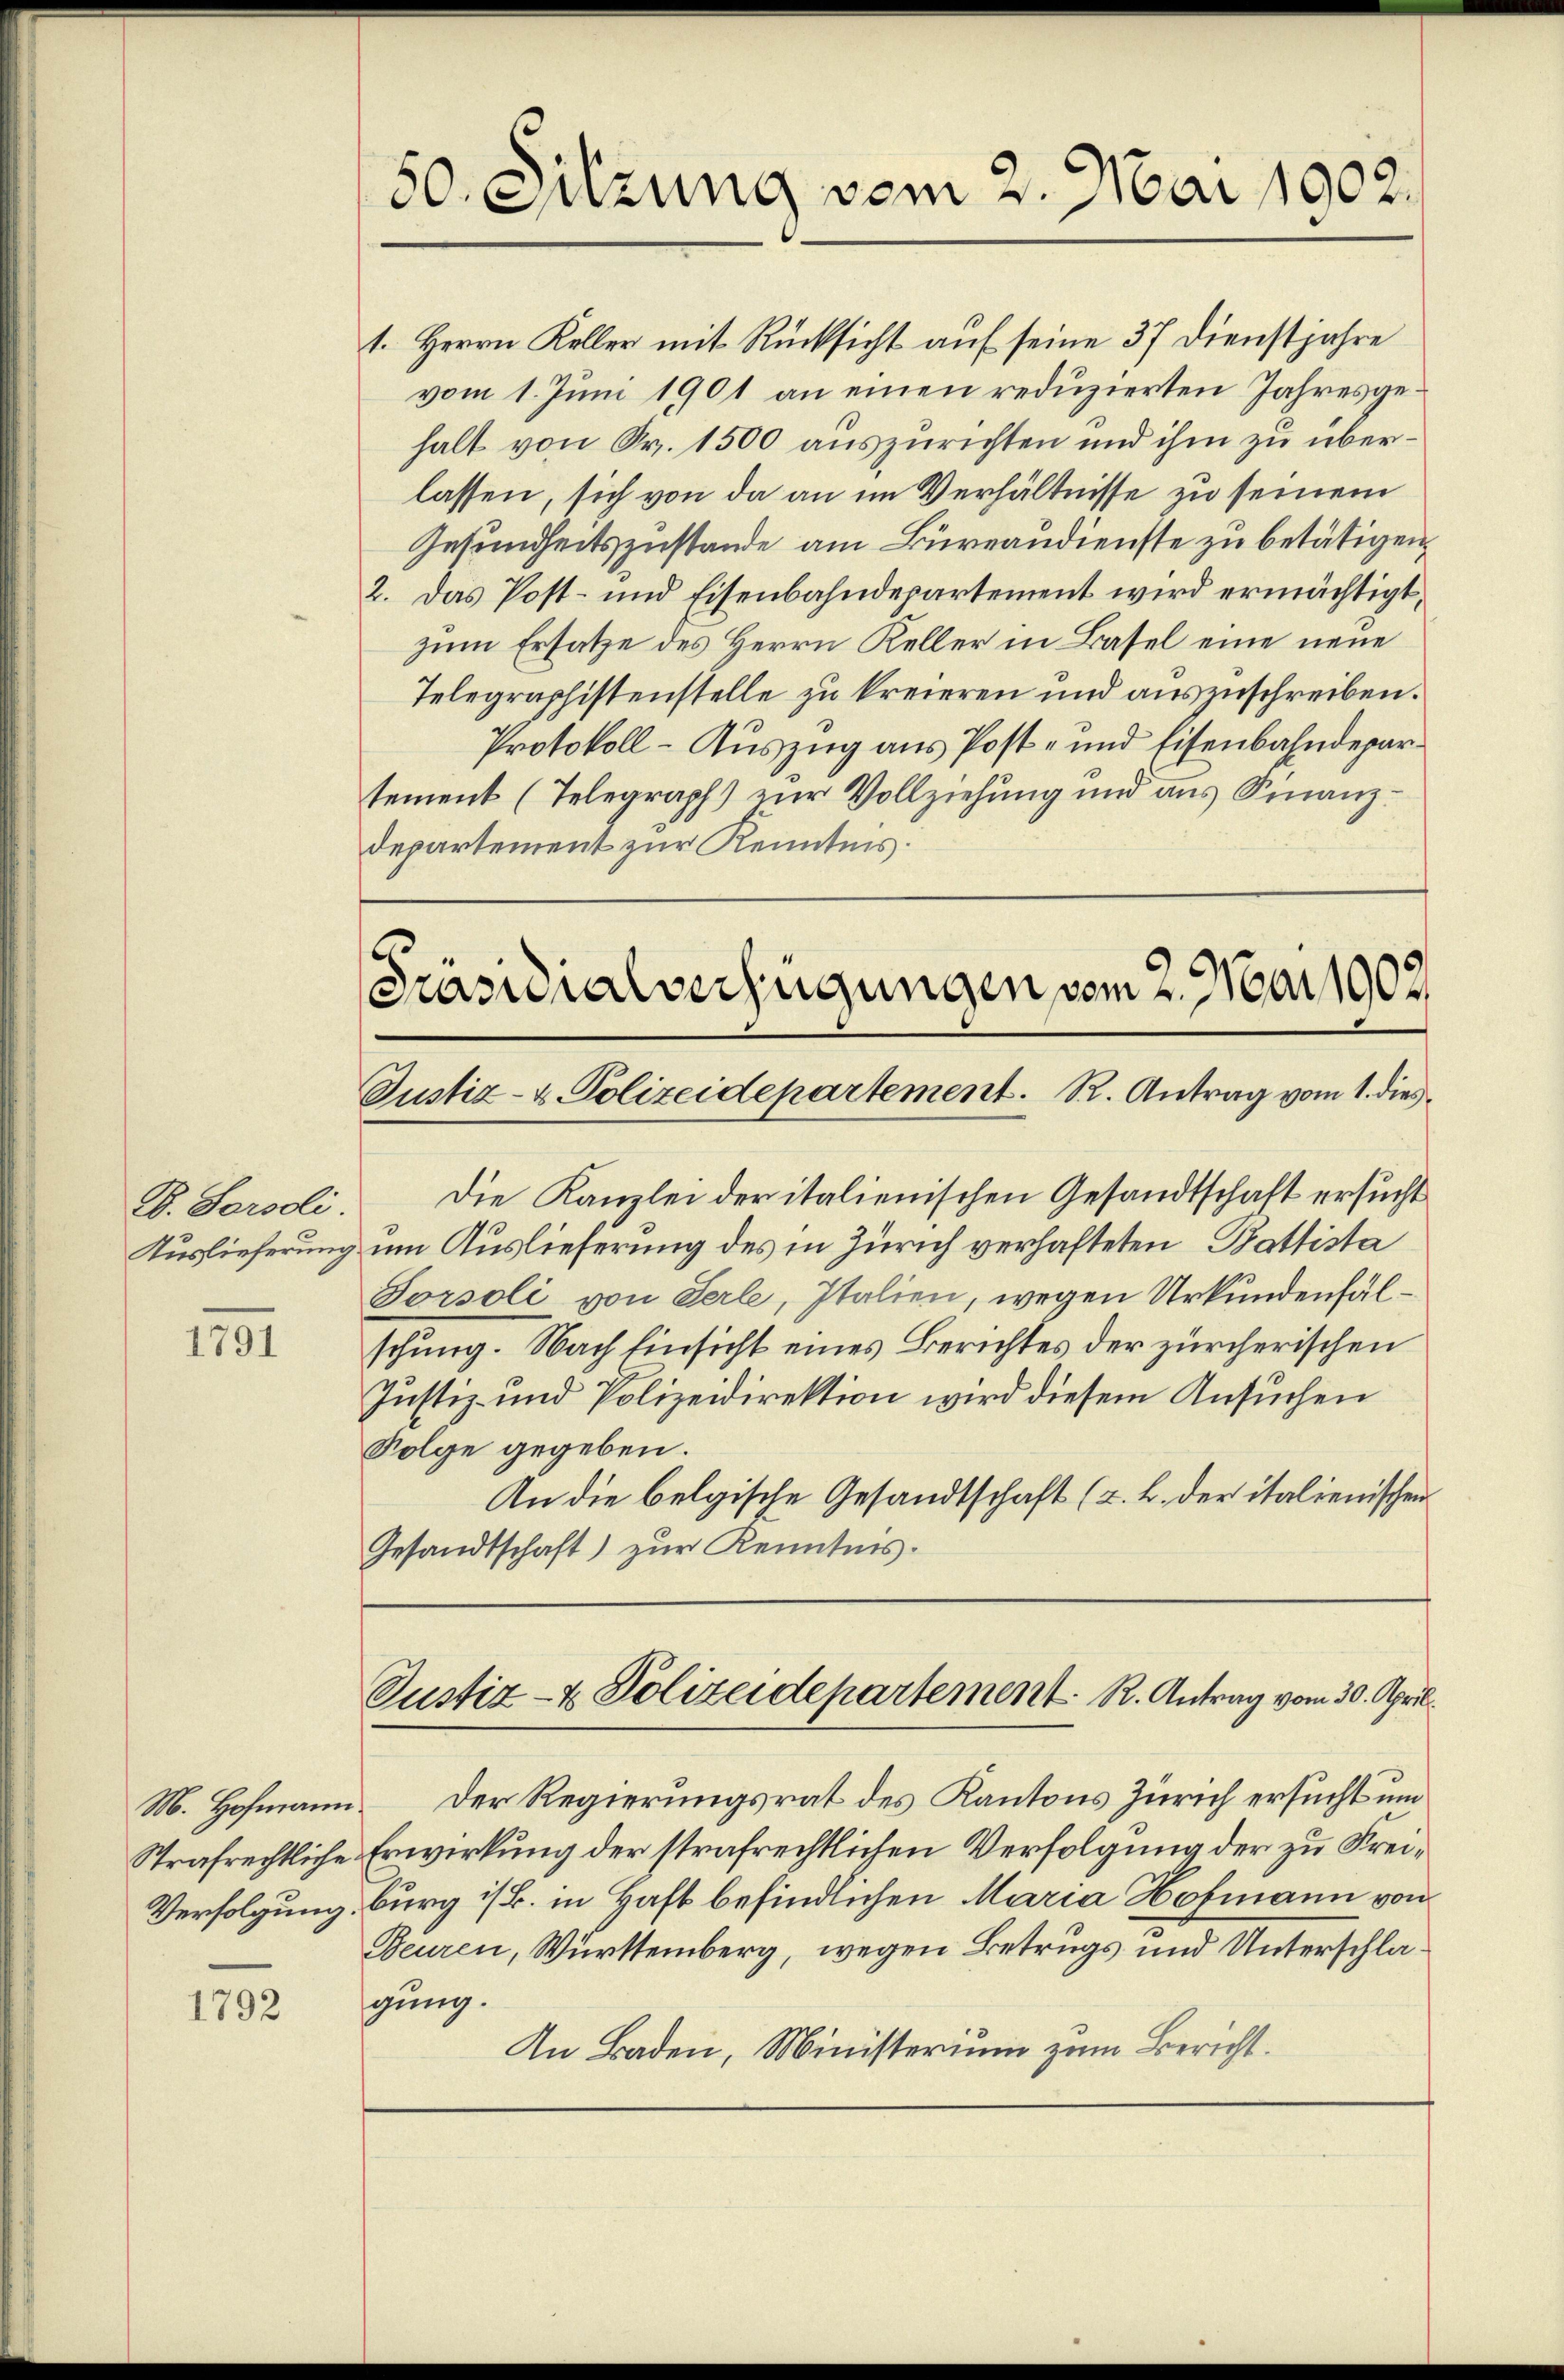
E. Forsdi
Auslieferung

1791

M. Hofmann.
Strafrechtliche.
Verfolgung.

1792

50. Sitzung vom 2. Mai 1902.

1. Herrn Keller mit Rücksicht auf seine 37 Dienstjahre
vom 1. Juni 1901 an einen reduzierten Jahresgehalt von Sr. 1500 auszurichten und ihm zu überlassen, sich von da an im Verhältnisse zu seinem
Gesundheitszustande am Büreandienste zu betätigen,
2. Das Post- und Eisenbahndepartement wird ermächtigt,
zum Ersatze des Herrn Keller in Basel eine neue
Telegraphistenstelle zu kreieren und auszuschreiben.
Protokoll - Auszug aus Post- und Eisenbahndepartement (Telegraph) zur Vollziehung und aus Finanzdepartement zur Kenntnis.

Präsidialverfügungen vom 2. Mai 1903.
Justiz- & Polizeidepartement. R. Antrag vom 1. dies

Die Kanzlei der italienischen Gesandtschaft ersucht
um Auslieferung des in Zürich verhafteten Battista
Sorsoli von Serle, Italien, wegen Urkundenfälschung. Nach Einsicht eines Berichtes der zürcherischen
Justiz- und Polizeidirektion wird diesem Ansuchen
Folge gegeben.
An die belgische Gesandtschaft (z. B. der italienischen
Gesandtschaft) zur Kenntnis.

Justiz- & Polizeidepartement R. Antrag vom 30. April

Der Regierungsrat des Kantons Zürich ersucht um
Erwirkung der strafrechtlichen Verfolgung der zu Freiburg ist. in Haft befindlichen Maria Hofmann von
Beuren, Württemberg, wegen Betrugs und Unterschlagung.
An Baden, Ministerium zum Bericht.